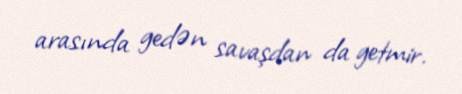
arasında gedən savaşdan da getmir.